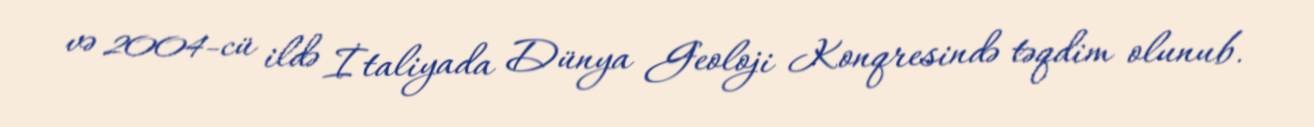
və 2004-cü ildə İtaliyada Dünya Geoloji Konqresində təqdim olunub.